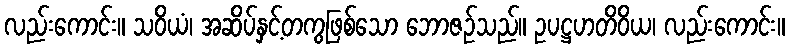
လည်းကောင်း။ သဝိယံ၊ အဆိပ်နှင့်တကွဖြစ်သော ဘောဇဉ်သည်။ ဥပဋ္ဌဟတိဝိယ၊ လည်းကောင်း။